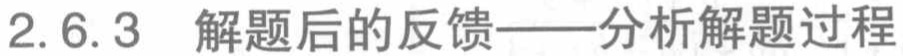
2.6.3 解题后的反馈——分析解题过程